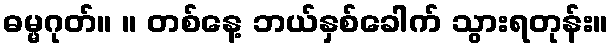
ဓမ္မဂုတ်။ ။ တစ်နေ့ ဘယ်နှစ်ခေါက် သွားရတုန်း။